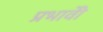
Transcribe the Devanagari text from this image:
प्रभावोें